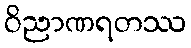
ဝိညာဏရတဿ